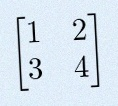
\begin{bmatrix}1&2\\3&4\end{bmatrix}